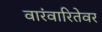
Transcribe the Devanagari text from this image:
वारंवारितेवर